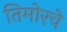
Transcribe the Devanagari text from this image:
तिमोरचे